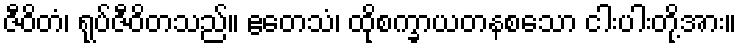
ဇီဝိတံ၊ ရုပ်ဇီဝိတသည်။ ဧတေသံ၊ ထိုစက္ခာယတနစသော ငါးပါးတို့အား။